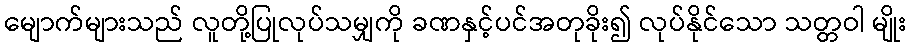
မျောက်များသည် လူတို့ပြုလုပ်သမျှကို ခဏနှင့်ပင်အတုခိုး၍ လုပ်နိုင်သော သတ္တဝါ မျိုး